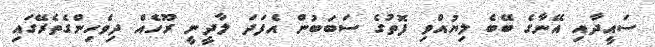
ސައީދާއި އޭނާގެ ބޭބެ ލިޔުއްވި ފޮތުގެ ސަބަބުން އެފަދަ ލާދީނީ ރޫހެއް ދިވެހިންގެތެރޭގައި